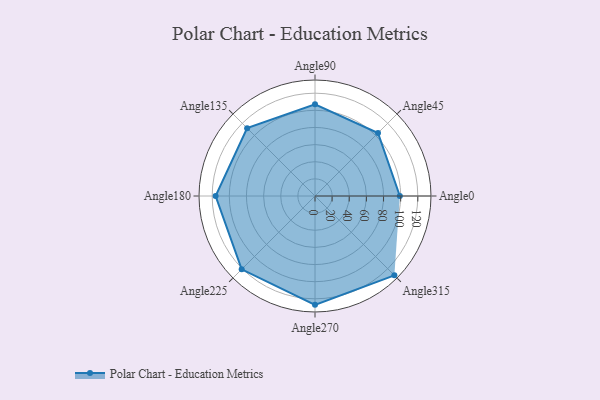
{"axis": {"x": "Angle", "y": "Radius"}, "legend": [""], "data": [{"x": "Angle0", "y": 99.0, "type": ""}, {"x": "Angle45", "y": 104.0, "type": ""}, {"x": "Angle90", "y": 107.0, "type": ""}, {"x": "Angle135", "y": 112.0, "type": ""}, {"x": "Angle180", "y": 116.0, "type": ""}, {"x": "Angle225", "y": 121.0, "type": ""}, {"x": "Angle270", "y": 127.0, "type": ""}, {"x": "Angle315", "y": 131.0, "type": ""}]}